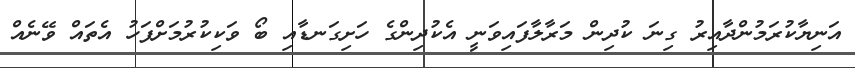
އަނިޔާކުރަމުންދާއިރު ގިނަ ކުދިން މަރާލާފައިވަނީ އެކުދިންގެ ހަށިގަނޑާއި ބޯ ވަކިކުރުމަށްފަހު އެތައް ވޭނެއް